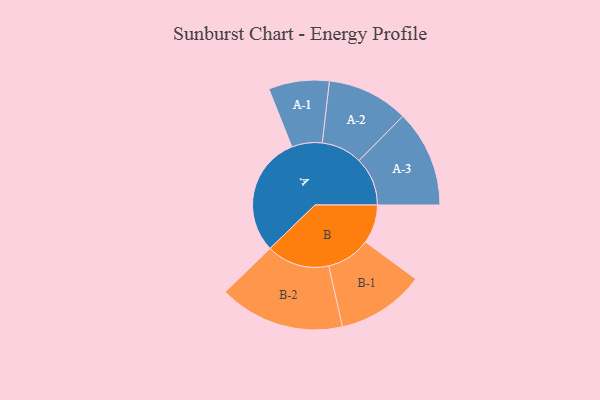
{"axis": {"x": "Segment", "y": "Value"}, "legend": ["", "A", "B"], "data": [{"x": "A", "y": 496, "type": ""}, {"x": "B", "y": 160, "type": ""}, {"x": "A-1", "y": 125, "type": "A"}, {"x": "A-2", "y": 168, "type": "A"}, {"x": "A-3", "y": 200, "type": "A"}, {"x": "B-1", "y": 181, "type": "B"}, {"x": "B-2", "y": 259, "type": "B"}]}